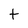
Character: t